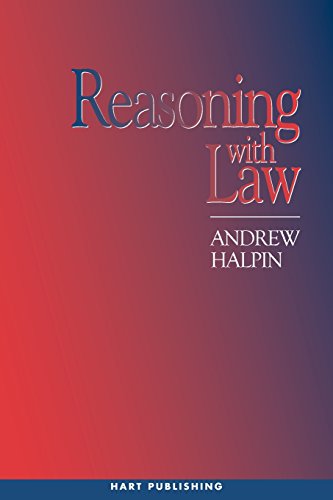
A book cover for Reasoning with Law; Andrew Halpin; Law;